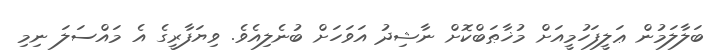
ބަލާލަމުން ޢަލީފަހުމީއަށް މުޚާޠަބްކޮށް ނާޝިދު އަވަހަށް ބުނެލިއެވެ. ވިޔަފާރީގެ އެ މައްސަލަ ނިމި